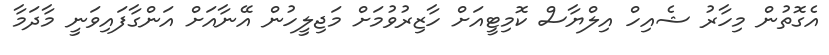
އެގޮތުން މިހާރު ޝެއިހް އިލްޔާސް ކޮމިޓީއަށް ހާޒިރުވުމަށް މަޖިލީހުން އޭނާއަށް އަންގާފައިވަނީ މާދަމާ